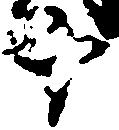
十